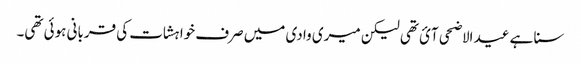
سنا ہے عید الاضحی آئ تھی لیکن میری وادی میں صرف خواہشات کی قربانی ہوئی تھی۔